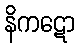
နိကဋော